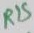
Text: R15